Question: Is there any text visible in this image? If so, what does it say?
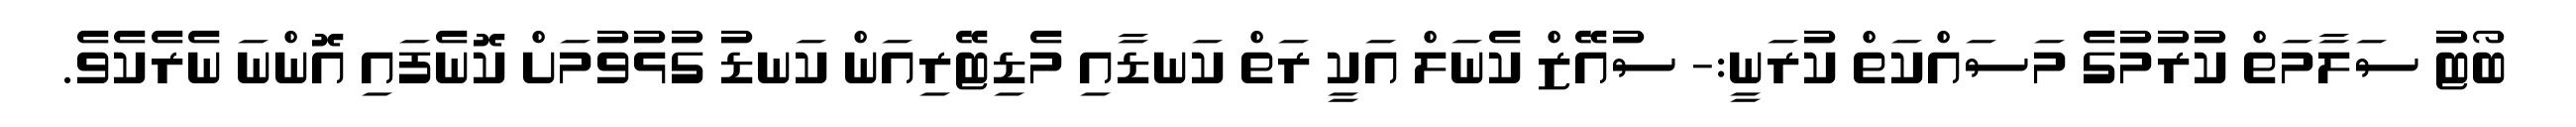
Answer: ބޯޓު ސަލާމަތް ކުރުމުގެ މަސައްކަތް ކުރަނީ:- ސުއޭޒް ކެނަލް އަކީ ރަތް ކަނޑާއި މެޑިޓޭރިއަން ކަނޑު ގުޅުވުމަށް ކޮނެފައި އޮންނަ ނެރެކެވެ.